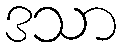
ဒသာ